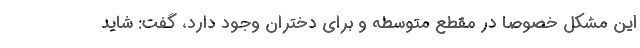
این مشکل خصوصا در مقطع متوسطه و برای دختران وجود دارد، گفت: شاید